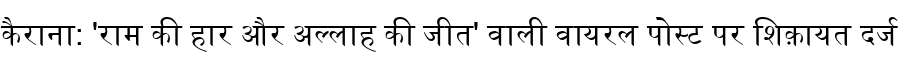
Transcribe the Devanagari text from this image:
कैराना: 'राम की हार और अल्लाह की जीत' वाली वायरल पोस्ट पर शिक़ायत दर्ज